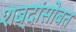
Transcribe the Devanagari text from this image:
शब्दांसोबत